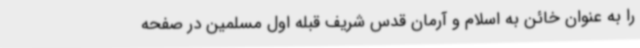
را به عنوان خائن به اسلام و آرمان قدس شریف قبله اول مسلمین در صفحه